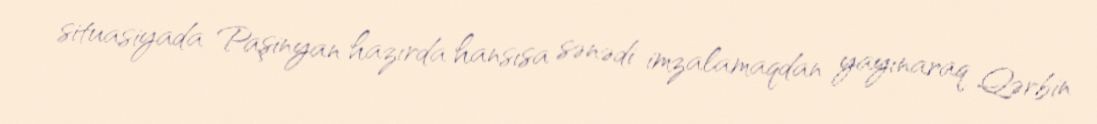
situasiyada Paşinyan hazırda hansısa sənədi imzalamaqdan yayınaraq Qərbin